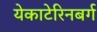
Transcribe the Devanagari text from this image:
येकाटेरिनबर्ग